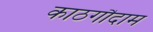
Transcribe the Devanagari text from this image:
काठगौदाम